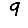
Digit: 9